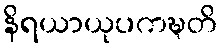
နိရယာယုပကဍ္ဎတိ